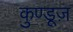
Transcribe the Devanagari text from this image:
कुण्डूज़